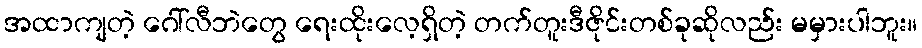
အထာကျတဲ့ ဂေါ်လီဘဲတွေ ရေးထိုးလေ့ရှိတဲ့ တက်တူးဒီဇိုင်းတစ်ခုဆိုလည်း မမှားပါဘူး။